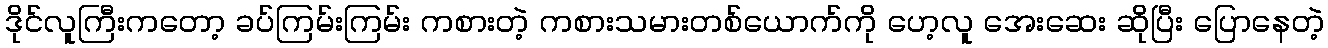
ဒိုင်လူကြီးကတော့ ခပ်ကြမ်းကြမ်း ကစားတဲ့ ကစားသမားတစ်ယောက်ကို ဟေ့လူ အေးဆေး ဆိုပြီး ပြောနေတဲ့